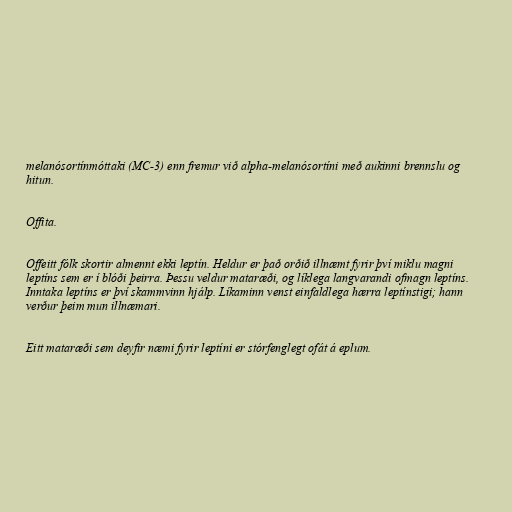
melanósortínmóttaki (MC-3) enn fremur við alpha-melanósortíni með aukinni brennslu og
hitun.

Offita.

Offeitt fólk skortir almennt ekki leptín. Heldur er það orðið illnæmt fyrir því miklu magni
leptíns sem er í blóði þeirra. Þessu veldur mataræði, og líklega langvarandi ofmagn leptíns.
Inntaka leptíns er því skammvinn hjálp. Líkaminn venst einfaldlega hærra leptínstigi; hann
verður þeim mun illnæmari.

Eitt mataræði sem deyfir næmi fyrir leptíni er stórfenglegt ofát á eplum.